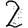
Digit: 2